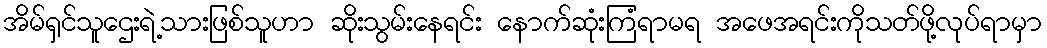
အိမ်ရှင်သူဌေးရဲ့သားဖြစ်သူဟာ ဆိုးသွမ်းနေရင်း နောက်ဆုံးကြံရာမရ အဖေအရင်းကိုသတ်ဖို့လုပ်ရာမှာ